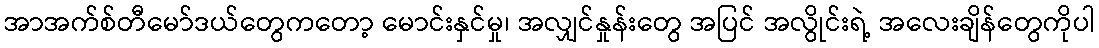
အာအက်စ်တီမော်ဒယ်တွေကတော့ မောင်းနှင်မှု၊ အလျှင်နှုန်းတွေ အပြင် အလွိုင်းရဲ့ အလေးချိန်တွေကိုပါ